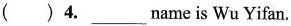
( )4.___name is Wu Yifan.